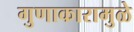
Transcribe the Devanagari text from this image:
गुणाकारामुळे